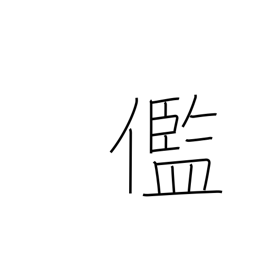
Meaning: ugly